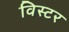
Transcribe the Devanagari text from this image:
विस्टर